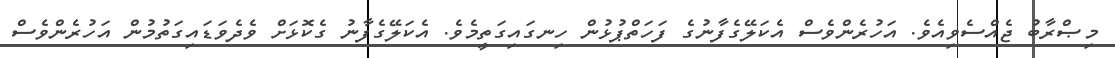
މިޞްރާބު ޖެއްސެވިއެވެ. އަހުރެންވެސް އެކަލޭގެފާނުގެ ފަހަތްޕުޅުން ހިނގައިގަތީމެވެ. އެކަލޭގެފާނު ގެކޮޅަށް ވެދެވަޑައިގަތުމުން އަހުރެންވެސް